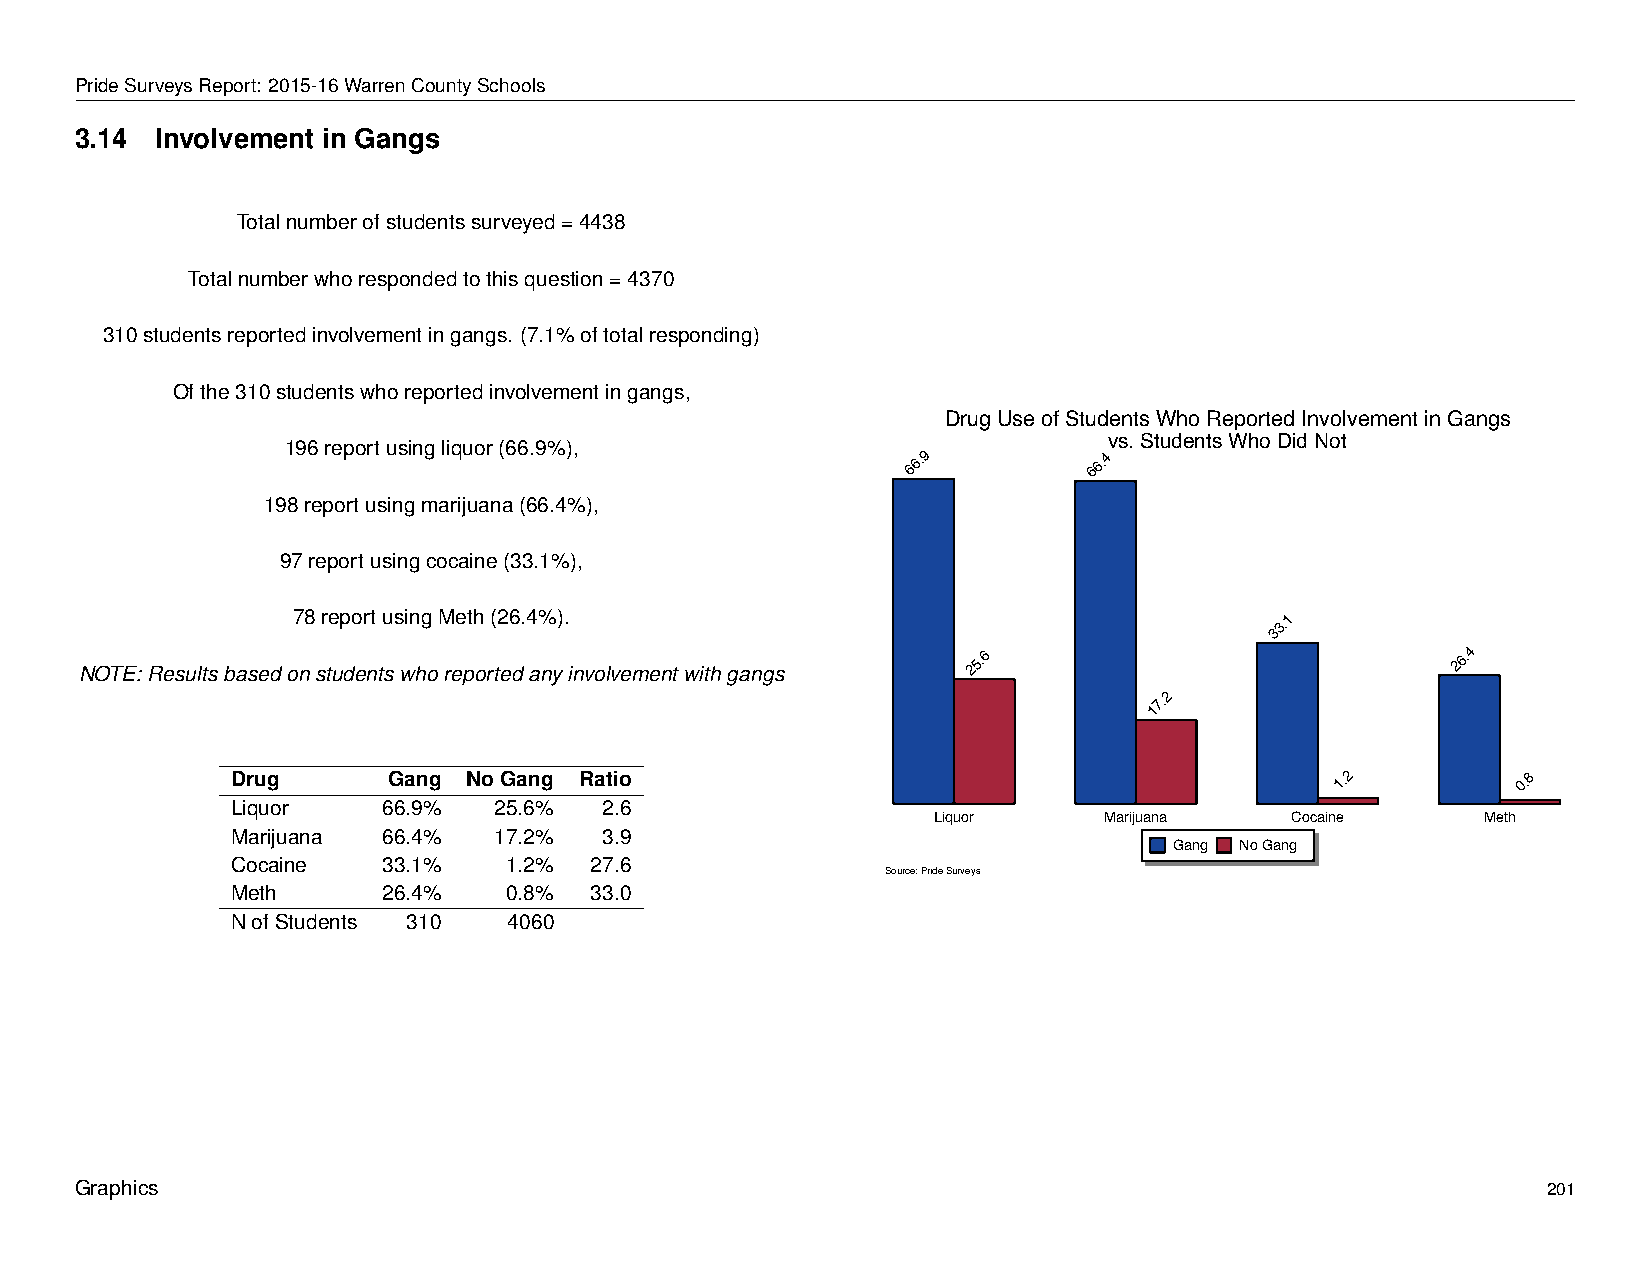
Drug        Use      of   Students          Who        Reported            Involvement               in   Gangs
 PrideSurveysReport: 2015-16WarrenCountySchools
 3.14 Involvement in Gangs
 Totalnumberofstudentssurveyed=4438
 Totalnumberwhorespondedtothisquestion=4370
 310studentsreportedinvolvementingangs. (7.1%oftotalresponding)
 Ofthe310studentswhoreportedinvolvementingangs,
 Drug Use of Students Who Reported Involvement in Gangs
 vs. Students Who Did Not
 196reportusingliquor(66.9%),
 66.9        66.4
 198reportusingmarijuana(66.4%),
 97reportusingcocaine(33.1%),
 78reportusingMeth(26.4%).                                        33.1
 NOTE:Resultsbasedonstudentswhoreportedanyinvolvementwithgangs
 25.6                            26.4
 17.2
 Drug       Gang NoGang Ratio                                             1.2         0.8
 Liquor    66.9%   25.6%  2.6
 Liquor     Marijuana   Cocaine      Meth
 Marijuana 66.4%   17.2%  3.9
 Gang No Gang
 Cocaine   33.1%    1.2% 27.6
 Source: Pride Surveys
 Meth      26.4%    0.8% 33.0
 NofStudents 310    4060
 Graphics                                                                                         201